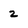
Character: 2